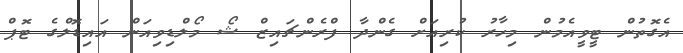
އެގޮތުން ޓީވީއެމުން މިހާރު ކުރިއަށް ގެންދާ ފްރެންޗައިޒް ޝޯ މޯލްޑިވިއަން އައިޑޮލްގެ ޓޮޕް